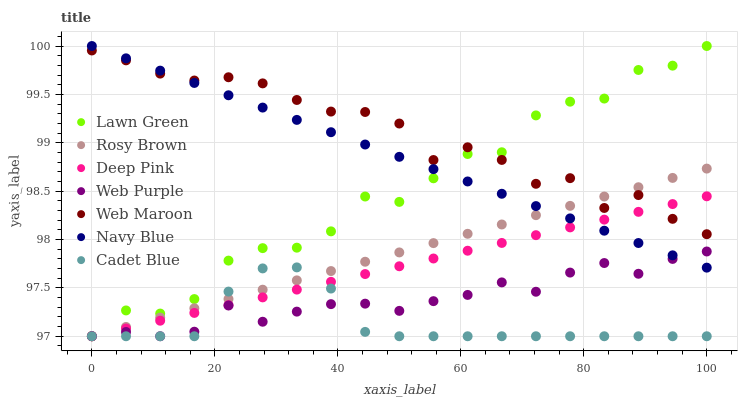
| xaxis_label | Lawn Green | Rosy Brown | Deep Pink | Web Purple | Web Maroon | Navy Blue | Cadet Blue |
 | --- | --- | --- | --- | --- | --- | --- | --- |
 | 0 | 97 | 97 | 97 | 97 | 100 | 100 | 97 |
 | 5.56 | 97.3 | 97.1 | 97.1 | 97 | 99.9 | 99.9 | 97 |
 | 11.1 | 97.2 | 97.2 | 97.2 | 97 | 99.7 | 99.7 | 97 |
 | 16.7 | 97.4 | 97.3 | 97.2 | 97 | 99.6 | 99.6 | 97 |
 | 22.2 | 97.8 | 97.4 | 97.3 | 97.3 | 99.7 | 99.5 | 97.5 |
 | 27.8 | 97.9 | 97.5 | 97.4 | 97.1 | 99.6 | 99.4 | 97.7 |
 | 33.3 | 97.9 | 97.6 | 97.5 | 97.3 | 99.4 | 99.2 | 97.7 |
 | 38.9 | 98.1 | 97.7 | 97.6 | 97.3 | 99.3 | 99.1 | 97.5 |
 | 44.4 | 98.4 | 97.8 | 97.6 | 97.3 | 99.3 | 99 | 97 |
 | 50 | 98.4 | 97.9 | 97.7 | 97.3 | 99.2 | 98.9 | 97 |
 | 55.6 | 98.6 | 98 | 97.8 | 97.4 | 98.8 | 98.7 | 97 |
 | 61.1 | 98.9 | 98.1 | 97.9 | 97.4 | 99 | 98.6 | 97 |
 | 66.7 | 98.9 | 98.2 | 98 | 97.6 | 98.8 | 98.5 | 97 |
 | 72.2 | 99.3 | 98.3 | 98 | 97.5 | 98.6 | 98.3 | 97 |
 | 77.8 | 99.4 | 98.3 | 98.1 | 97.7 | 98.6 | 98.2 | 97 |
 | 83.3 | 99.5 | 98.4 | 98.2 | 97.8 | 98.3 | 98.1 | 97 |
 | 88.9 | 99.8 | 98.5 | 98.3 | 97.6 | 98.5 | 98 | 97 |
 | 94.4 | 99.8 | 98.6 | 98.4 | 97.8 | 98.2 | 97.8 | 97 |
 | 100 | 100 | 98.7 | 98.4 | 97.9 | 98.1 | 97.7 | 97 |